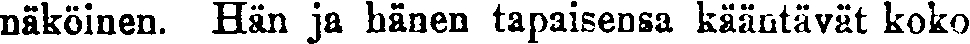
näköinen. Hän ja hänen tapaisensa kääntävät koko